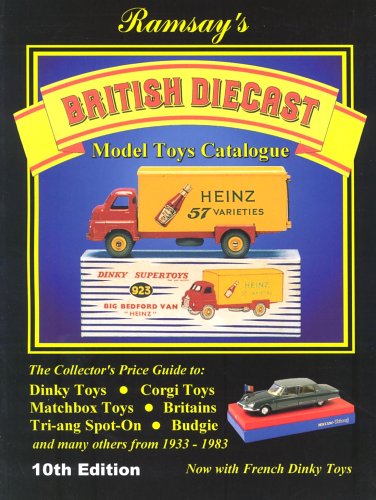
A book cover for British Diecast Model Toys Catalogue; Crafts, Hobbies & Home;